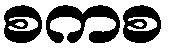
စကစ